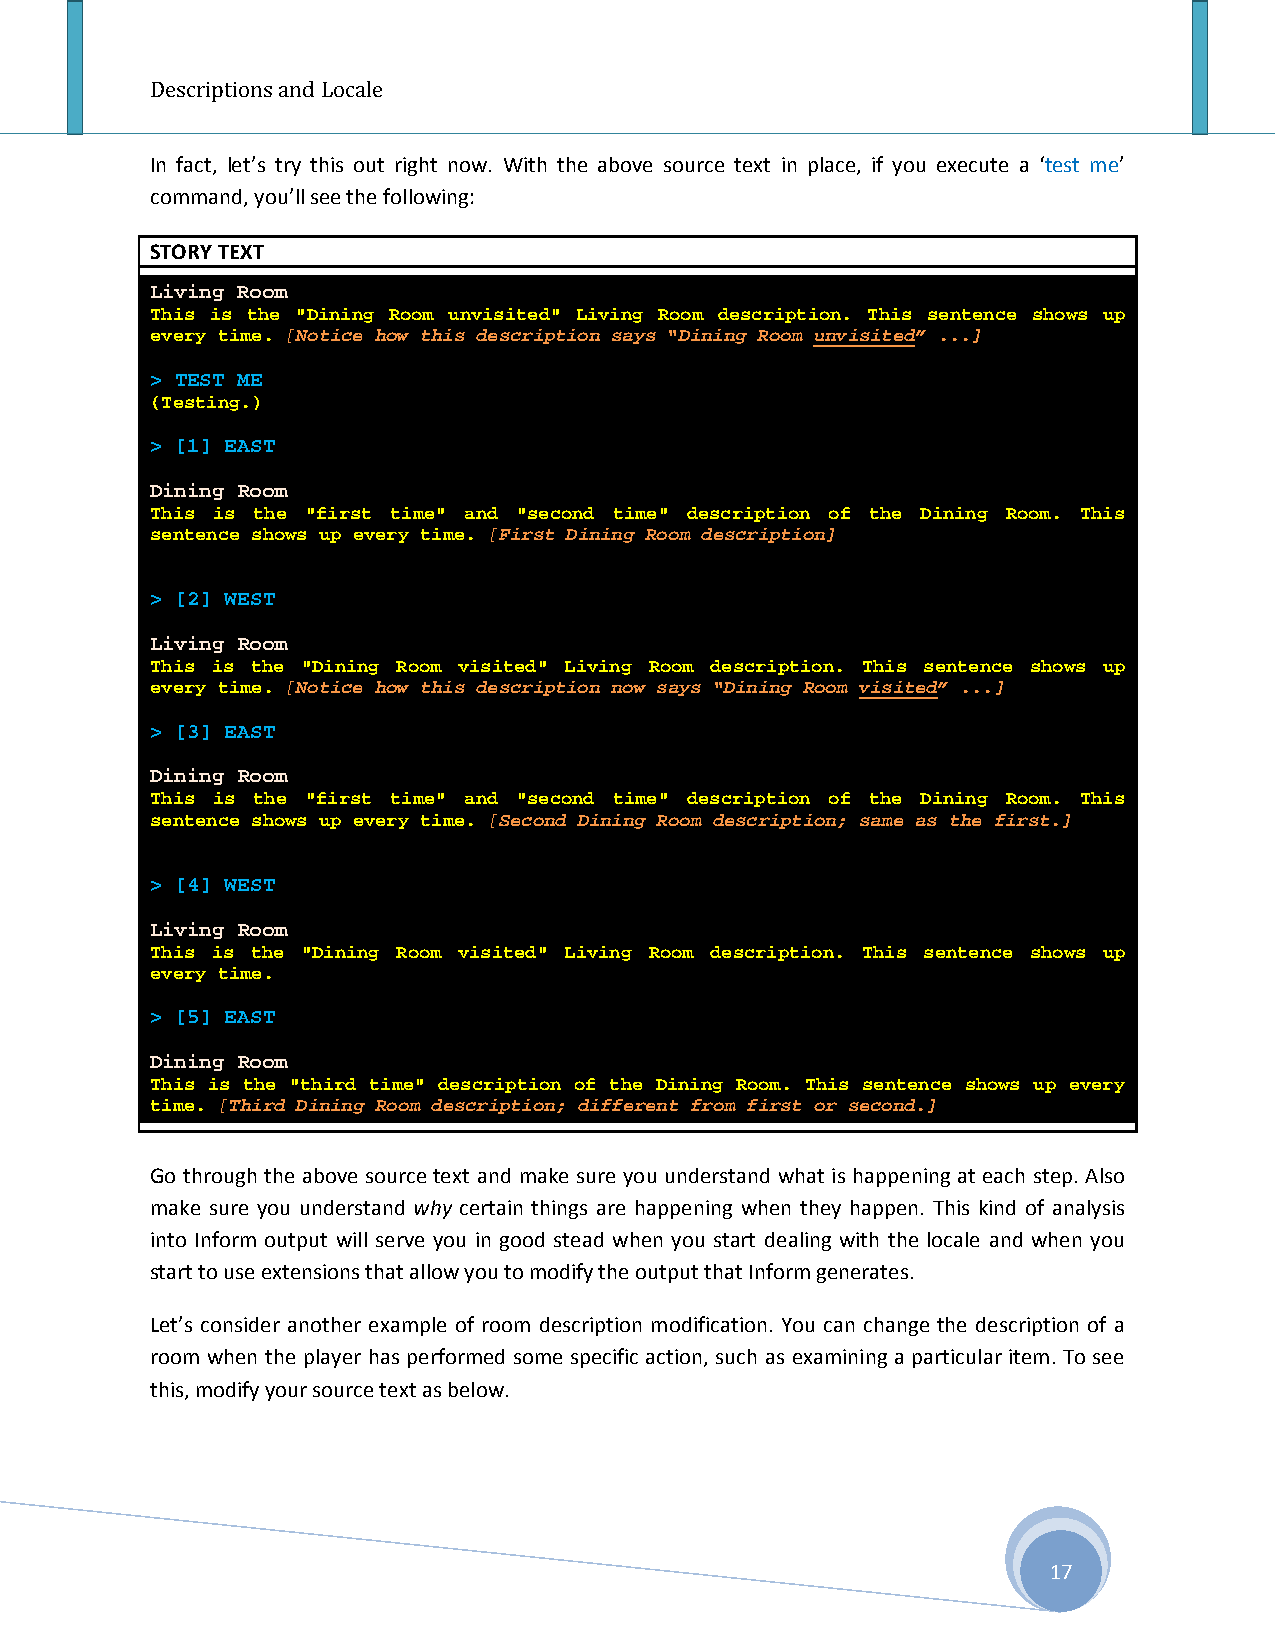
Descriptions and Locale
 In fact, let’s try this out right now. With the above source text in place, if you execute a ‘test me’
 command, you’ll see the following:
 STORY TEXT
 Living Room
 This is the "Dining Room unvisited" Living Room description. This sentence shows up
 every time. [Notice how this description says “Dining Room unvisited” ...]
 > TEST ME
 (Testing.)
 > [1] EAST
 Dining Room
 This is the "first time" and "second time" description of the Dining Room. This
 sentence shows up every time. [First Dining Room description]
 > [2] WEST
 Living Room
 This is the "Dining Room visited" Living Room description. This sentence shows up
 every time. [Notice how this description now says “Dining Room visited” ...]
 > [3] EAST
 Dining Room
 This is the "first time" and "second time" description of the Dining Room. This
 sentence shows up every time. [Second Dining Room description; same as the first.]
 > [4] WEST
 Living Room
 This is the "Dining Room visited" Living Room description. This sentence shows up
 every time.
 > [5] EAST
 Dining Room
 This is the "third time" description of the Dining Room. This sentence shows up every
 time. [Third Dining Room description; different from first or second.]
 Go through the above source text and make sure you understand what is happening at each step. Also
 make sure you understand why certain things are happening when they happen. This kind of analysis
 into Inform output will serve you in good stead when you start dealing with the locale and when you
 start to use extensions that allow you to modify the output that Inform generates.
 Let’s consider another example of room description modification. You can change the description of a
 room when the player has performed some specific action, such as examining a particular item. To see
 this, modify your source text as below.
 17